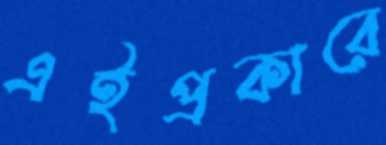
এইপ্রকারে